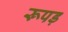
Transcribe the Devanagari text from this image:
रूपड़